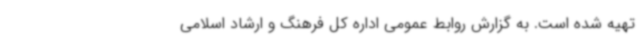
تهیه شده است. به گزارش روابط عمومی اداره کل فرهنگ و ارشاد اسلامی